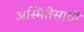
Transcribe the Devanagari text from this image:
अस्मितेसाठी